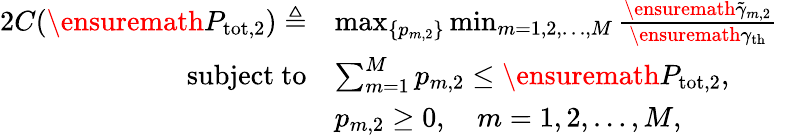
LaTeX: \begin{array}{rlr}{{2}C(\ensuremath{P_{\mathrm{tot},2}})\triangleq}&{\operatorname*{max}_{\{ p_{m,2}\} }\operatorname*{min}_{m=1,2,\ldots,M}\frac{\ensuremath{\tilde{\gamma}}_{m,2}}{\ensuremath{\gamma_{\mathrm{th}}}}}&\\ {\mathrm{subject~to}}&{\sum_{m=1}^{M}p_{m,2}\le\ensuremath{P_{\mathrm{tot},2}},}&\\ &{p_{m,2}\ge 0,\quad m=1,2,\ldots,M,}&\end{array}